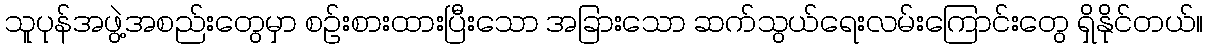
သူပုန်အဖွဲ့အစည်းတွေမှာ စဉ်းစားထားပြီးသော အခြားသော ဆက်သွယ်ရေးလမ်းကြောင်းတွေ ရှိနိုင်တယ်။